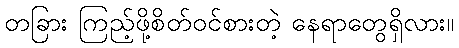
တခြား ကြည့်ဖို့စိတ်ဝင်စားတဲ့ နေရာတွေရှိလား။